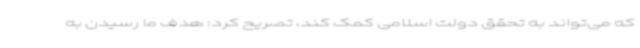
که می‌تواند به تحقق دولت اسلامی کمک کند، تصریح کرد: هدف ما رسیدن به